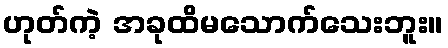
ဟုတ်ကဲ့ အခုထိမသောက်သေးဘူး။